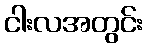
ငါးလအတွင်း